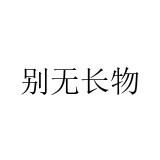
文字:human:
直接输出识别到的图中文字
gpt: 别无长物